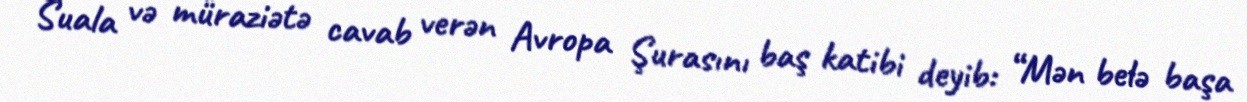
Suala və müraziətə cavab verən Avropa Şurasını baş katibi deyib: “Mən belə başa